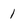
Character: 1